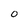
Character: O